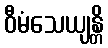
ဝီမံသေယျန္တိ